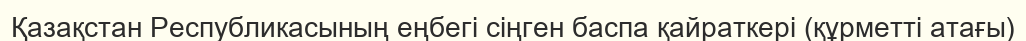
Қазақстан Республикасының еңбегі сіңген баспа қайраткері (құрметті атағы)